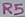
Text: R5